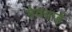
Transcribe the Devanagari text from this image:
ग्रेवयार्ड